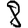
Digit: 8